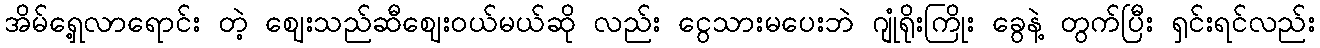
အိမ်ရှေ့လာရောင်း တဲ့ ဈေးသည်ဆီဈေးဝယ်မယ်ဆို လည်း ငွေသားမပေးဘဲ ဂျုံရိုးကြိုး ခွေနဲ့ တွက်ပြီး ရှင်းရင်လည်း